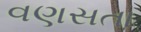
વણસતા